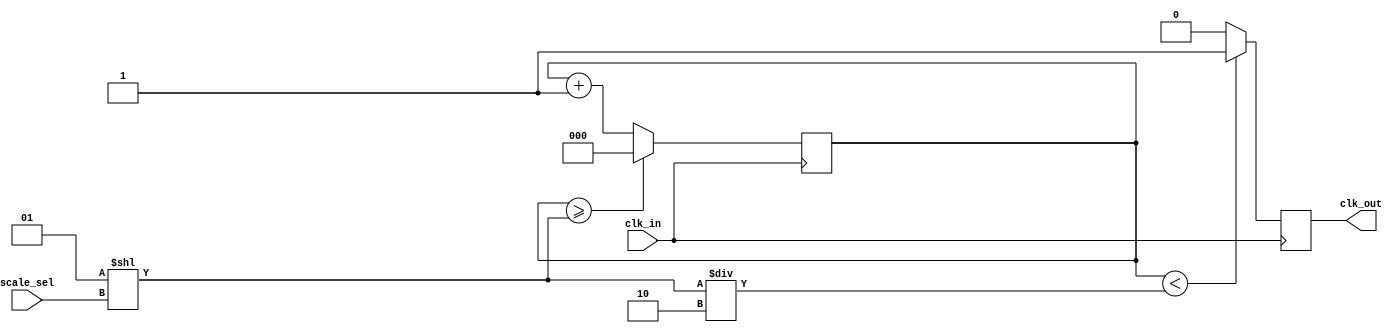
module prescaler #(
    parameter RESOLUTION_BITS=3
)(
 input clk_in,
 input [RESOLUTION_BITS-1:0] scale_sel,
 output reg clk_out);
    parameter SCALE_WIRE_VALUE = $clog2(1 << (2**RESOLUTION_BITS));
    
    reg [RESOLUTION_BITS-1:0] count = 0;
    
    wire [SCALE_WIRE_VALUE-1:0] scale = (1 << scale_sel);

    always @(posedge(clk_in)) begin
        count <= count + 1;
        if(count >= scale)
            count <= 0;
            
        clk_out <= (count < scale/2) ? 1 : 0;
    end 

endmodule